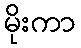
မိုးကာ